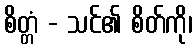
စိတ္တံ - သင်၏ စိတ်ကို၊